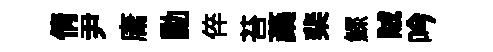
倩尹庸勳倅苔蘃棐鰥賊吟